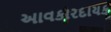
આવકારદાયક